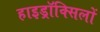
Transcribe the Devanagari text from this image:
हाइड्रॉक्सिलों